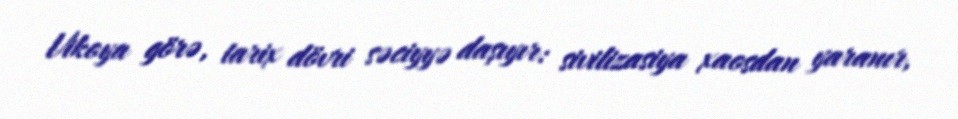
Vikoya görə, tarix dövri səciyyə daşıyır: sivilizasiya xaosdan yaranır,